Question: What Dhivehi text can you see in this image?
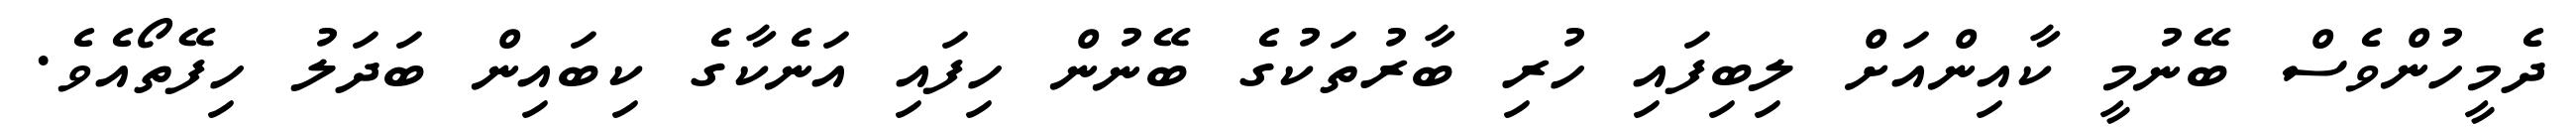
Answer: ދެމީހުންވެސް ބޭނުމީ ކާއިންއަށް ލިބިފައި ހުރި ބާރުތަކުގެ ބޭނުން ހިފައި އަނެކާގެ ކިބައިން ބަދަލު ހިފޭތޯއެވެ.